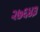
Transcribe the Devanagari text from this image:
२७६४३